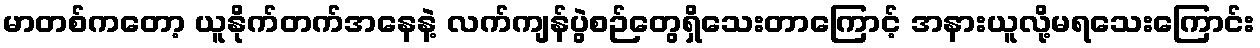
မာတစ်ကတော့ ယူနိုက်တက်အနေနဲ့ လက်ကျန်ပွဲစဉ်တွေရှိသေးတာကြောင့် အနားယူလို့မရသေးကြောင်း